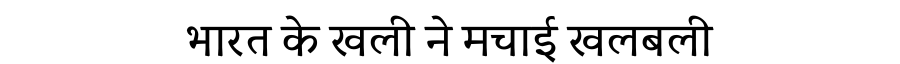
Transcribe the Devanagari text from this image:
भारत के खली ने मचाई खलबली